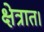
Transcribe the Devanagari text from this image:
क्षेत्रात।